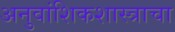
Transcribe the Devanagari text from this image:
अनुवांशिकशास्त्राचा